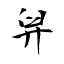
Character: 舁